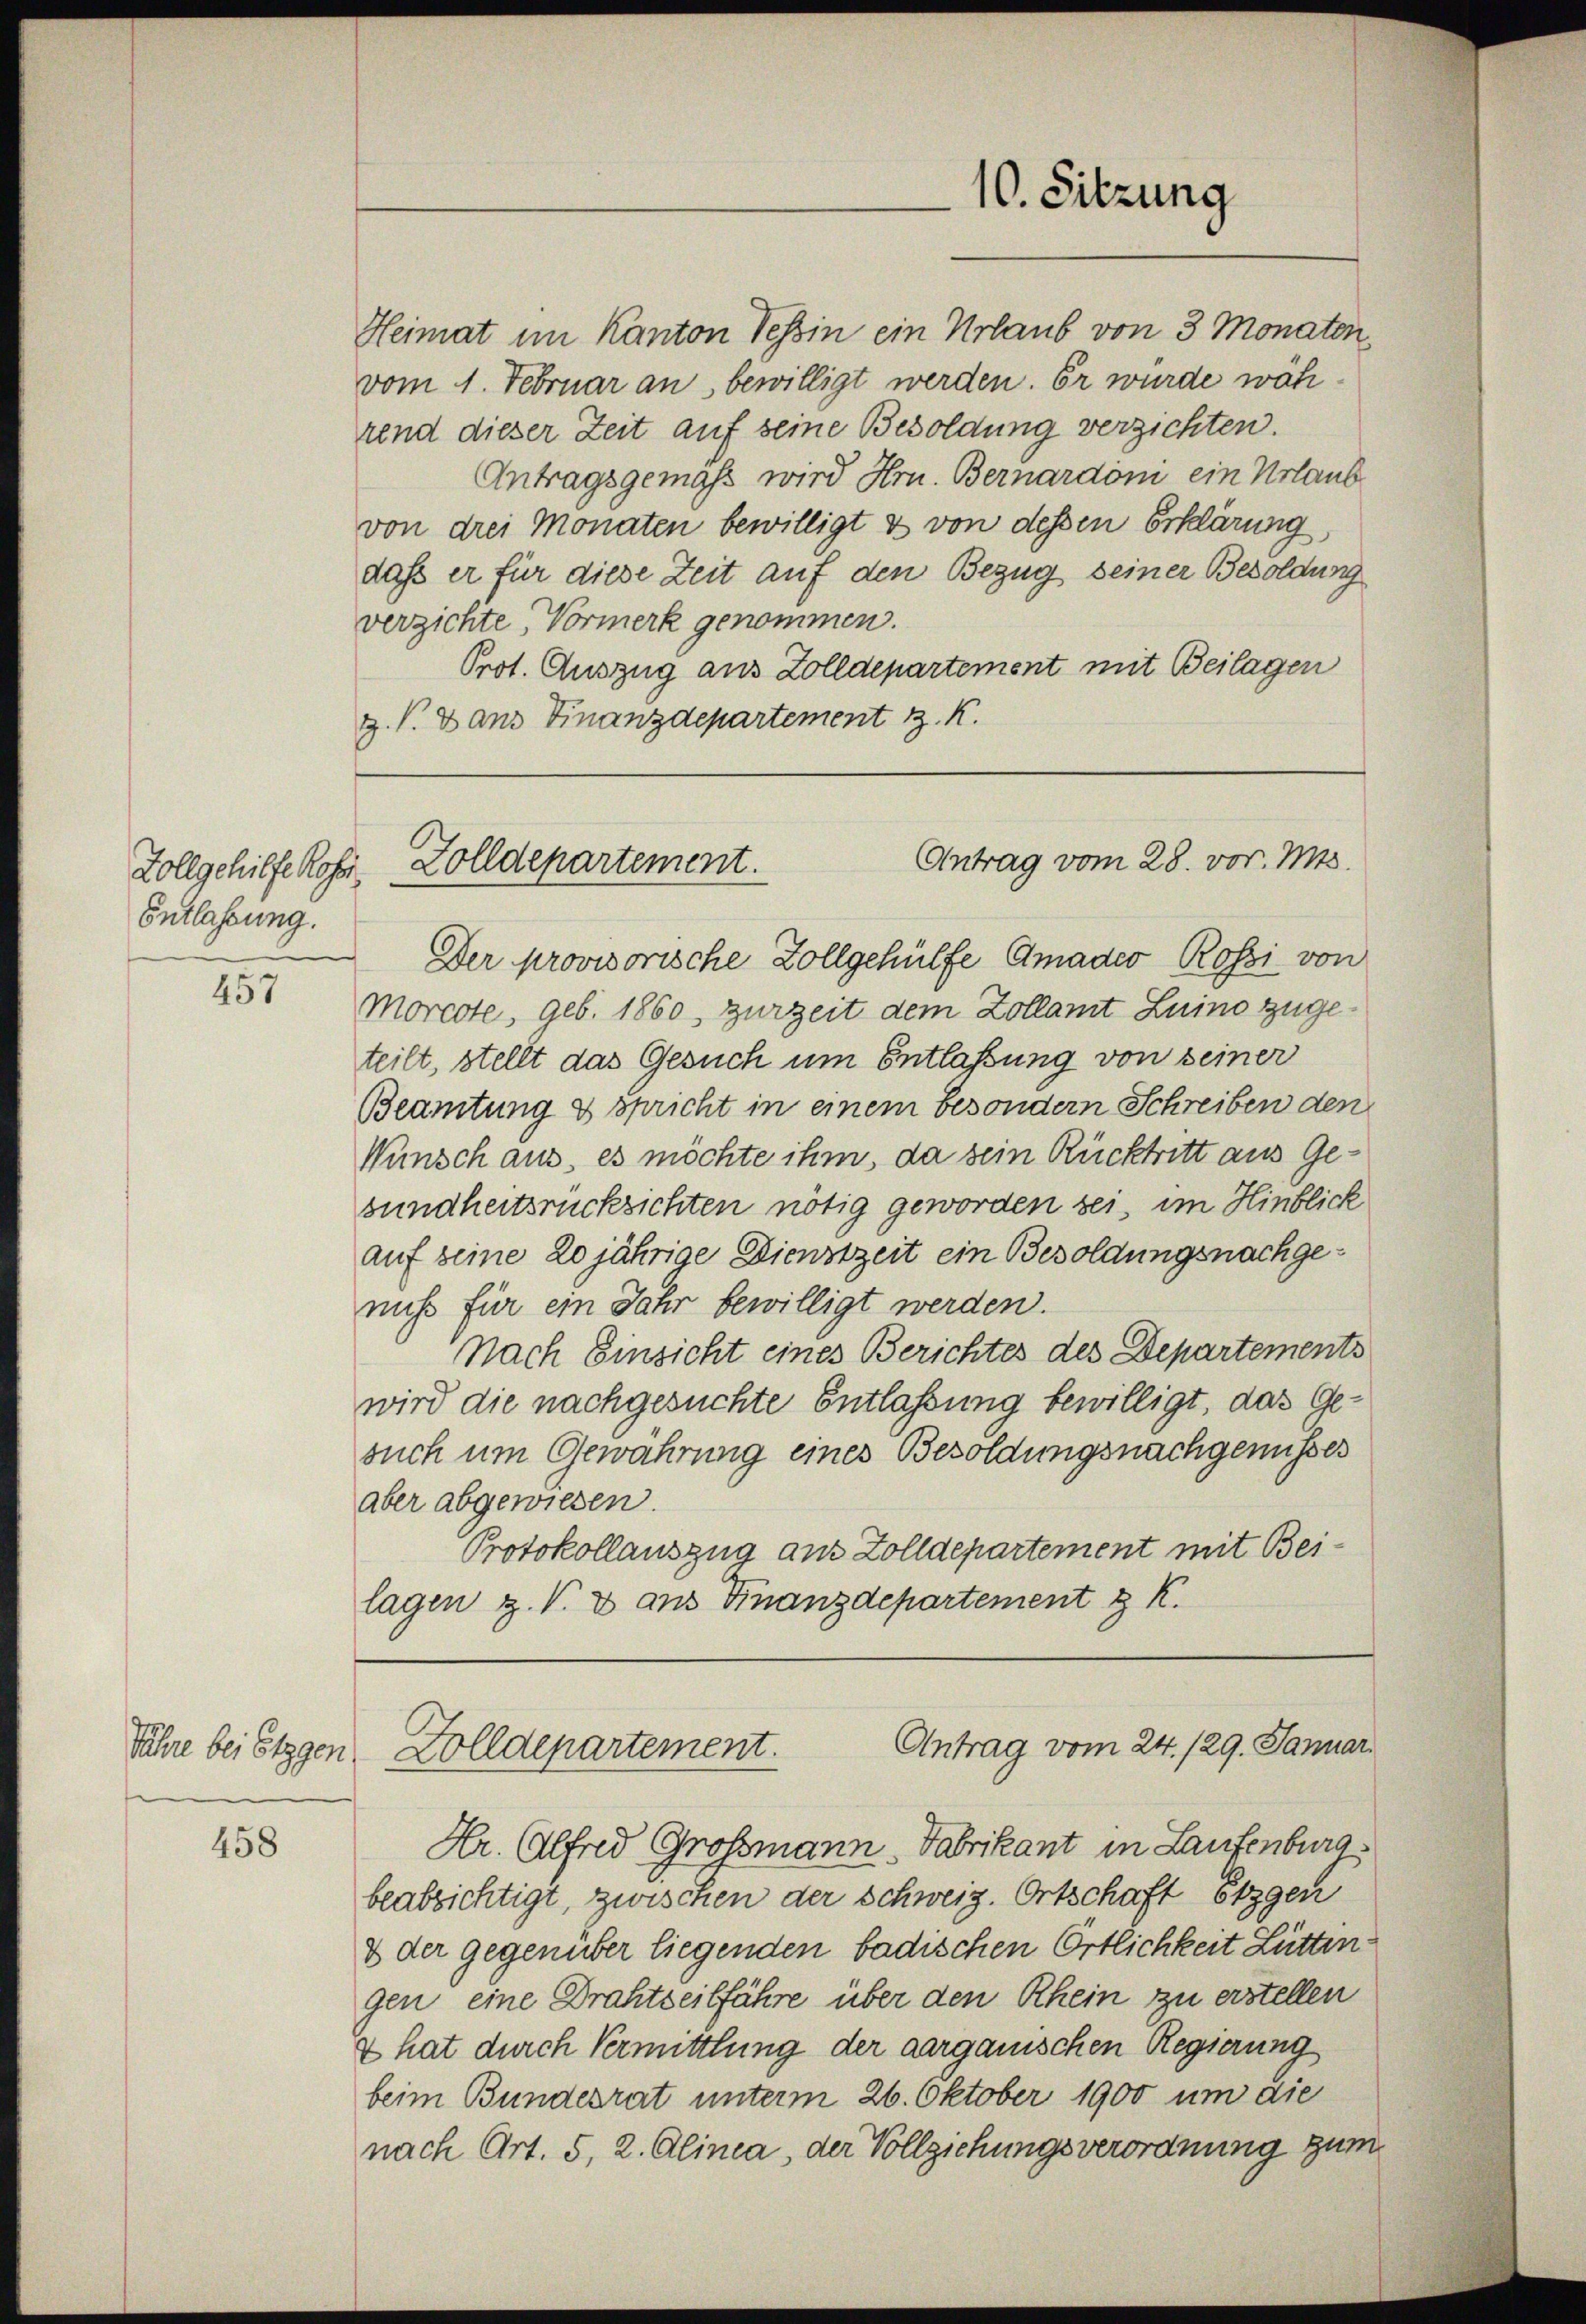
Vollgehilfe Rohr
Entlassung.

457

Jahre bei Etzgen

458

Heimat im Kanton Tessin ein Urlaub von 3 Monaten,
vom 1. Februar an, bewilligt werden. Er würde während dieser Zeit auf seine Besoldung verzichten.
Antragsgemäss wird Hrn. Bernardom ein Urlaub
von drei Monaten bewilligt & von dessen Erklärung
daß er für diese Zeit auf den Bezug seiner Besoldung
verzichte, Vormerk genommen.
Prot. Auszug aus Zolldepartement mit Beilagen
Z. V. Dans Finanzdepartement z. K.

10. Sitzung

Antrag vom 28. vor. Mts.
Golldepartement.

Der provisorische Zollgehülfe Amader Rossi von
Morcote, geb. 1860 zurzeit dem Zollamt Luino zugeteilt, stellt das Gesuch um Entlaßung von seiner
Beamtung & spricht in einem besondern Schreiben den
Wunsch aus, es möchte ihm, da sein Rücktritt aus Gesundheitsrücksichten nötig geworden sei, im Hinblick
auf seine 20jährige Dienstzeit ein Besoldungsnachgeniht für ein Jahr bewilligt werden.
Nach Einsicht eines Berichtes des Departements
wird die nachgesuchte Entlaßung bewilligt, das Gesuch um Gewährung eines Besoldungsnachgenusses
aber abgewiesen.
Protokollauszug aus Zolldepartement mit Beilagen z. V. 3 aus Finanzdepartement & K

Antrag vom 24. 129. Januar.
Golldepartement.

Hr. Alfred Großmann, Fabrikant in Laufenburg
beabsichtigt, zwischen der Schweiz. Ortschaft Etzgen
& der gegenüber liegenden badischen Örtlichkeit Lütten
gen, eine Drahtseitfähre über den Rhein zu erstellen
2 hat durch Vermittlung der aargauischen Regierung
beim Bundesrat unterm 26. Oktober 1900 um die
nach Art. 5, 2. Alinea, der Vollziehungsverordnung zum